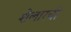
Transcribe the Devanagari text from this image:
शेलारची